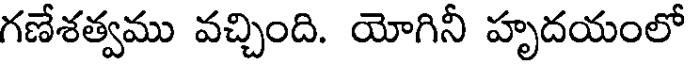
గణేశత్వము వచ్చింది. యోగినీ హృదయంలో